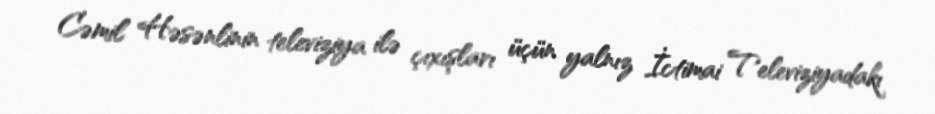
Cəmil Həsənlinin televiziya ilə çıxışları üçün yalnız İctimai Televiziyadakı